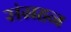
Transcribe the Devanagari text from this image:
संग्रहन